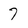
Character: 7